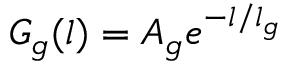
G _ { g } ( l ) = A _ { g } e ^ { - l / l _ { g } }